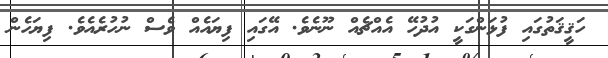
ހަޤީޤަތުގައި ފުޅަންގަކީ އުދުހޭ އެއްޗެއް ނޫނެވެ. އޭގައި ފިޔައެއް ވެސް ނުހުރެއެވެ. ފިޔަހެން